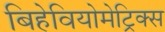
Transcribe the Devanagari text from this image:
बिहेवियोमेट्रिक्स